Report on sanitation, dispensaries, and jails in Rajputana for 1916, and on vaccination for the year 1916-1917 - 1916-1917
Year: 1916
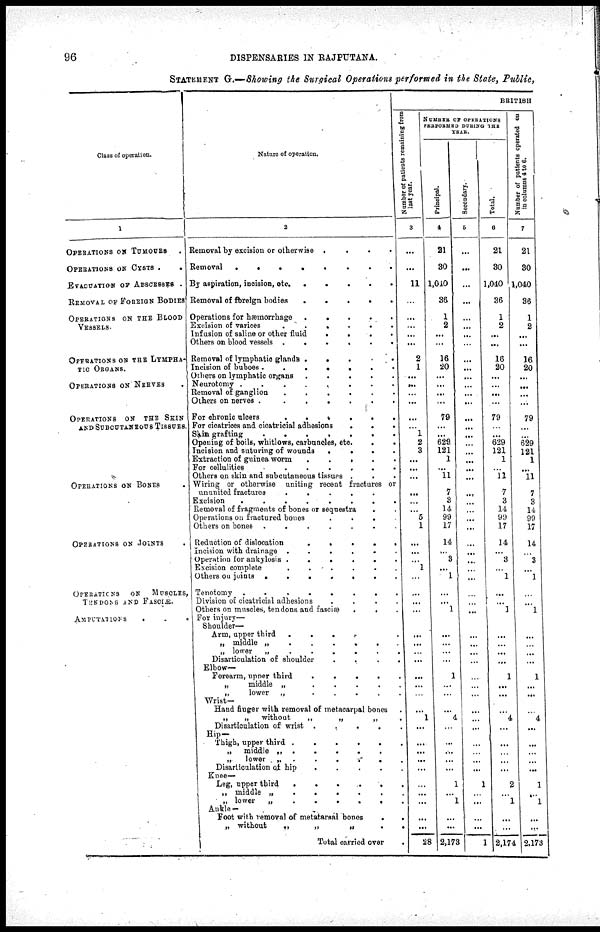
96
DISPENSARIES IN RAJPUTANA.
STATEMENT G.—Showing the Surgical Operations performed in the State, Public,
Class of operation.
1
OPERATIONS ON TUMOURS .
OPERATIONS ON CYSTS
..
EVACUATION OF ABSCESSES .
REMOVAL OF FOREIGN BODIES
OPERATIONS ON THE BLOOD
VESSELS.
OPERATIONS ON THE LYMPHA¬
TIC ORGANS.
OPERATIONS ON NERVES .
OPERATIONS
ON THE SKIN
AND SUBCUTANEOUS TISSUES.
OPERATIONS ON BONES .
OPERATIONS ON JOINTS .
OPERATIONS
ON
MUSCLES
TENDONS AND FASCIÆ.
AMPUTATIONS
..
Nature of operation.
2
Removal by excision or otherwise ....
Removal
........
By aspiration, incision, etc.
.....
Removal of foreign bodies
....
Operations for hæmorrhage
.....
Excision of varices
......
Infusion of saline or other fluid
....
Others on blood vessels
......
Removal of lymphatic glands .....
Incision of buboes
.......
Others on lymphatic organs
.....
Neurotomy
........
Removal of ganglion
......
Others on nerves
.......
For chronic ulcers
......
For cicatrices and cicatricial adhesions
...
Skin grafting
.......
Opening of boils, whitlows, carbuncles, etc.
Incision and suturing of wounds
....
Extraction of guinea worm
.....
For cellulities
.......
Others on skin and subcutaneous tissues ...
Wiring or otherwise uniting recent fractures or
ununited fractures
.....
Excision
........
Removal of fragments of bones or sequestra ..
Operations on fractured bones
....
Others on bones
.......
Reduction of dislocation
.....
Incision with drainage
......
Operation for ankylosis
......
Excision complete
......
Others on joints
.......
Tenotomy
........
Division of cicatricial adhesions
....
Others on muscles, tendons and fasciæ
...
For injury—
Shoulder—
Arm, upper
third.....
„ middle „
......
„ lower
„
......
Disarticulation of shoulder
....
Elbow—
Forearm, upper third
.....
„
middle „
.....
„
lower
„
.....
Wrist—
Hand finger with removal of metacarpal bones .
„
„
without
„
„
„
Disarticulation of wrist .....
Hip—
Thigh, upper third
......
„
middle
„
....
„
lower
„
......
Disarticulation of hip
.....
Knee—
Leg, upper third
.....
„ middle „
......
„ lower
„
......
Ankle —
Foot with removal of metatarsal bones
..
„ without
„
„
„
..
Total carried over
.
BRITISH
Number of patients remaining from
last year.
3
...
...
11
...
...
...
...
...
2
1
...
...
...
...
...
...
1
2
3
...
...
...
...
...
...
5
1
...
...
...
1
...
...
...
...
...
...
...
...
...
...
...
...
1
...
...
...
...
...
...
...
...
...
...
28
NUMBER OF OPERATIONS
PERFORMED DURING THE
YEAR.
Principal.
4
21
30
1,040
36
1
2
...
...
16
20
...
...
...
...
79
...
...
629
121
1
...
11
7
3
14
99
17
14
...
3
...
1
...
...
1
...
...
...
...
1
...
...
...
4
...
...
...
...
...
1
...
1
...
...
2,173
Secondary.
5
...
...
...
...
...
...
...
...
...
...
...
...
...
...
...
...
...
...
...
...
...
...
...
...
...
...
...
...
...
...
...
...
...
...
...
...
...
...
...
...
...
...
...
...
...
...
...
...
...
1
...
...
...
...
1
Total.
6
21
30
1,040
36
1
2
...
...
16
20
...
...
...
...
79
...
...
629
121
1
...
11
7
3
14
99
17
14
...
3
...
1
...
...
1
...
...
...
...
1
...
...
...
4
...
1
...
...
...
2
...
1
...
...
2,174
Number of patients operated on
in columns 4 to 6.
7
21
30
1,040
36
1
2
...
...
16
20
...
...
...
...
79
...
...
629
121
1
...
11
7
3
14
90
17
14
...
3
...
1
...
...
1
...
...
...
...
1
...
...
...
4
...
...
...
...
...
1
...
1
...
...
2,173